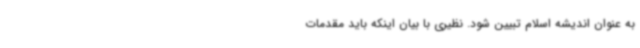
به عنوان اندیشه اسلام تبیین شود. نظیری با بیان اینکه باید مقدمات